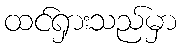
ထင်ရှားသည်မှာ